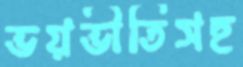
ভয়ভীতিসহ